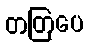
တတြပေ